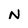
Character: N